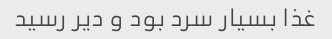
غذا بسیار سرد بود و دیر رسید